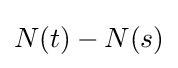
N(t)-N(s)